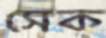
সেক